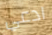
ادعي